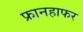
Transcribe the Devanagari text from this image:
फ्रानहाफर